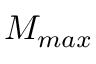
M _ { m a x }